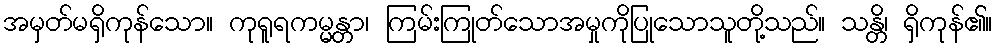
အမှတ်မရှိကုန်သော။ ကုရူရကမ္မန္တာ၊ ကြမ်းကြုတ်သောအမှုကိုပြုသောသူတို့သည်။ သန္တိ၊ ရှိကုန်၏။